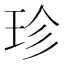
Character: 珍